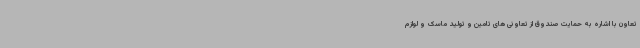
تعاون با اشاره به حمایت صندوق از تعاونی های تامین و تولید ماسک و لوازم